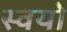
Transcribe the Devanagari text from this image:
स्वयो